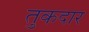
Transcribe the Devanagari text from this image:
तुकदार